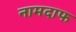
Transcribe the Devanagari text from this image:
नामदाफ